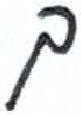
אות: ך